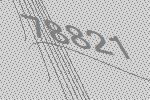
78821